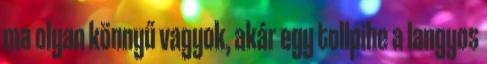
ma olyan könnyű vagyok, akár egy tollpihe a langyos